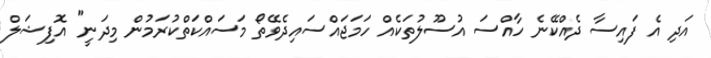
އަދި އެ ފައިސާ ދެއްކޭނެ ހާއްސަ އުސޫލުތަކެއް ހަމަޖައްސައިދެވޭތޯ މަސައްކަތްކުރަމުން މިދަނީ" އޮފިޝަލް